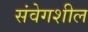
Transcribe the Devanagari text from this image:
संवेगशील